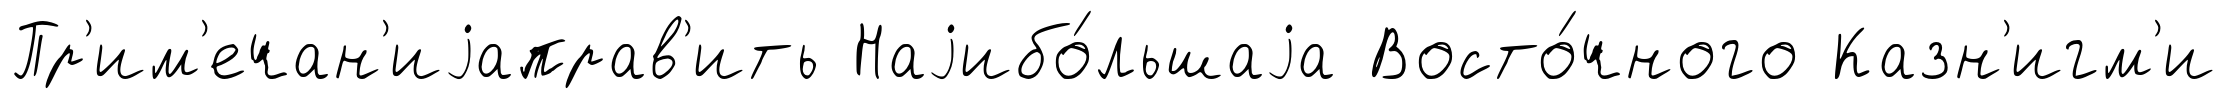
Пр'им'ечан'иjаправ'ить Наjибо́льшаjа Восто́чного Казн'игм'и